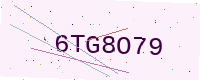
Text: 6TG8O79